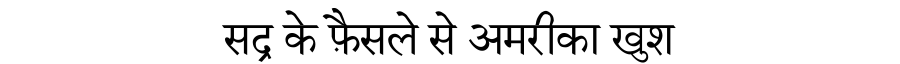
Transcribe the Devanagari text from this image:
सद्र के फ़ैसले से अमरीका खुश